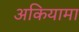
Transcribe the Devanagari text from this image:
अकियामा